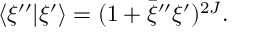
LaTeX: \langle \xi ^ { \prime \prime } \vert \xi ^ { \prime } \rangle = ( 1 + \bar { \xi } ^ { \prime \prime } \xi ^ { \prime } ) ^ { 2 J } .